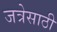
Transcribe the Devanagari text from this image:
जत्रेसाठी